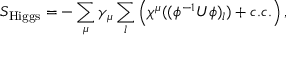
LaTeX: S _ { \mathrm { H i g g s } } = - \sum _ { \mu } \gamma _ { \mu } \sum _ { l } \left( \chi ^ { \mu } ( ( \phi ^ { - 1 } U \phi ) _ { l } ) + c . c . \right) ,